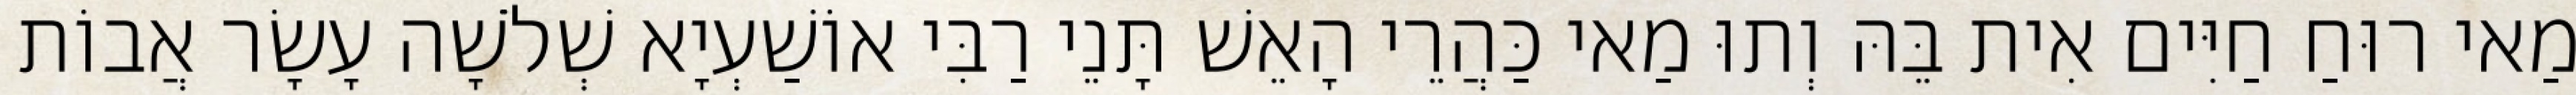
מַאי רוּחַ חַיִּים אִית בֵּהּ וְתוּ מַאי כַּהֲרֵי הָאֵשׁ תָּנֵי רַבִּי אוֹשַׁעְיָא שְׁלֹשָׁה עָשָׂר אֲבוֹת